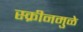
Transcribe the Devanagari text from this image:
स्क्रीनमुळे